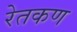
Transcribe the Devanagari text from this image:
रेतकण